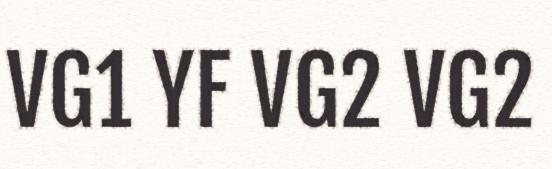
VG1 YF VG2 VG2